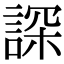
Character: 𧨾